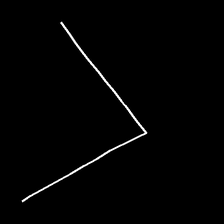
Glyph: region